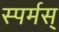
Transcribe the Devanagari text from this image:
स्पर्मस्‌